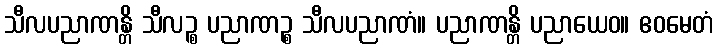
သီလပညာဏန္တိ သီလဉ္စ ပညာဏဉ္စ သီလပညာဏံ။ ပညာဏန္တိ ပညာယေဝ။ ဧဝမေတံ